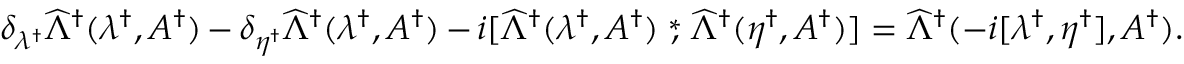
\delta _ { \lambda ^ { \dagger } } \widehat \Lambda ^ { \dagger } ( \lambda ^ { \dagger } , A ^ { \dagger } ) - \delta _ { \eta ^ { \dagger } } \widehat \Lambda ^ { \dagger } ( \lambda ^ { \dagger } , A ^ { \dagger } ) - i [ \widehat \Lambda ^ { \dagger } ( \lambda ^ { \dagger } , A ^ { \dagger } ) \stackrel { * } { , } \widehat \Lambda ^ { \dagger } ( \eta ^ { \dagger } , A ^ { \dagger } ) ] = \widehat \Lambda ^ { \dagger } ( - i [ \lambda ^ { \dagger } , \eta ^ { \dagger } ] , A ^ { \dagger } ) .